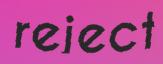
reject